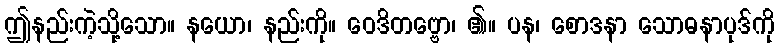
ဤနည်းကဲ့သို့သော။ နယော၊ နည်းကို။ ဝေဒိတဗ္ဗော၊ ၏။ ပန၊ စောဒနာ သောဓနာပုဒ်ကို